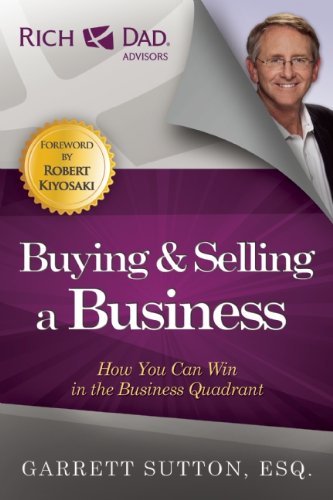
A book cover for Buying and Selling a Business: How You Can Win in the Business Quadrant; Garrett Sutton; Business & Money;